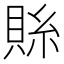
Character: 𮚄